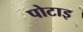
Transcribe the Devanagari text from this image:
पोटाइ